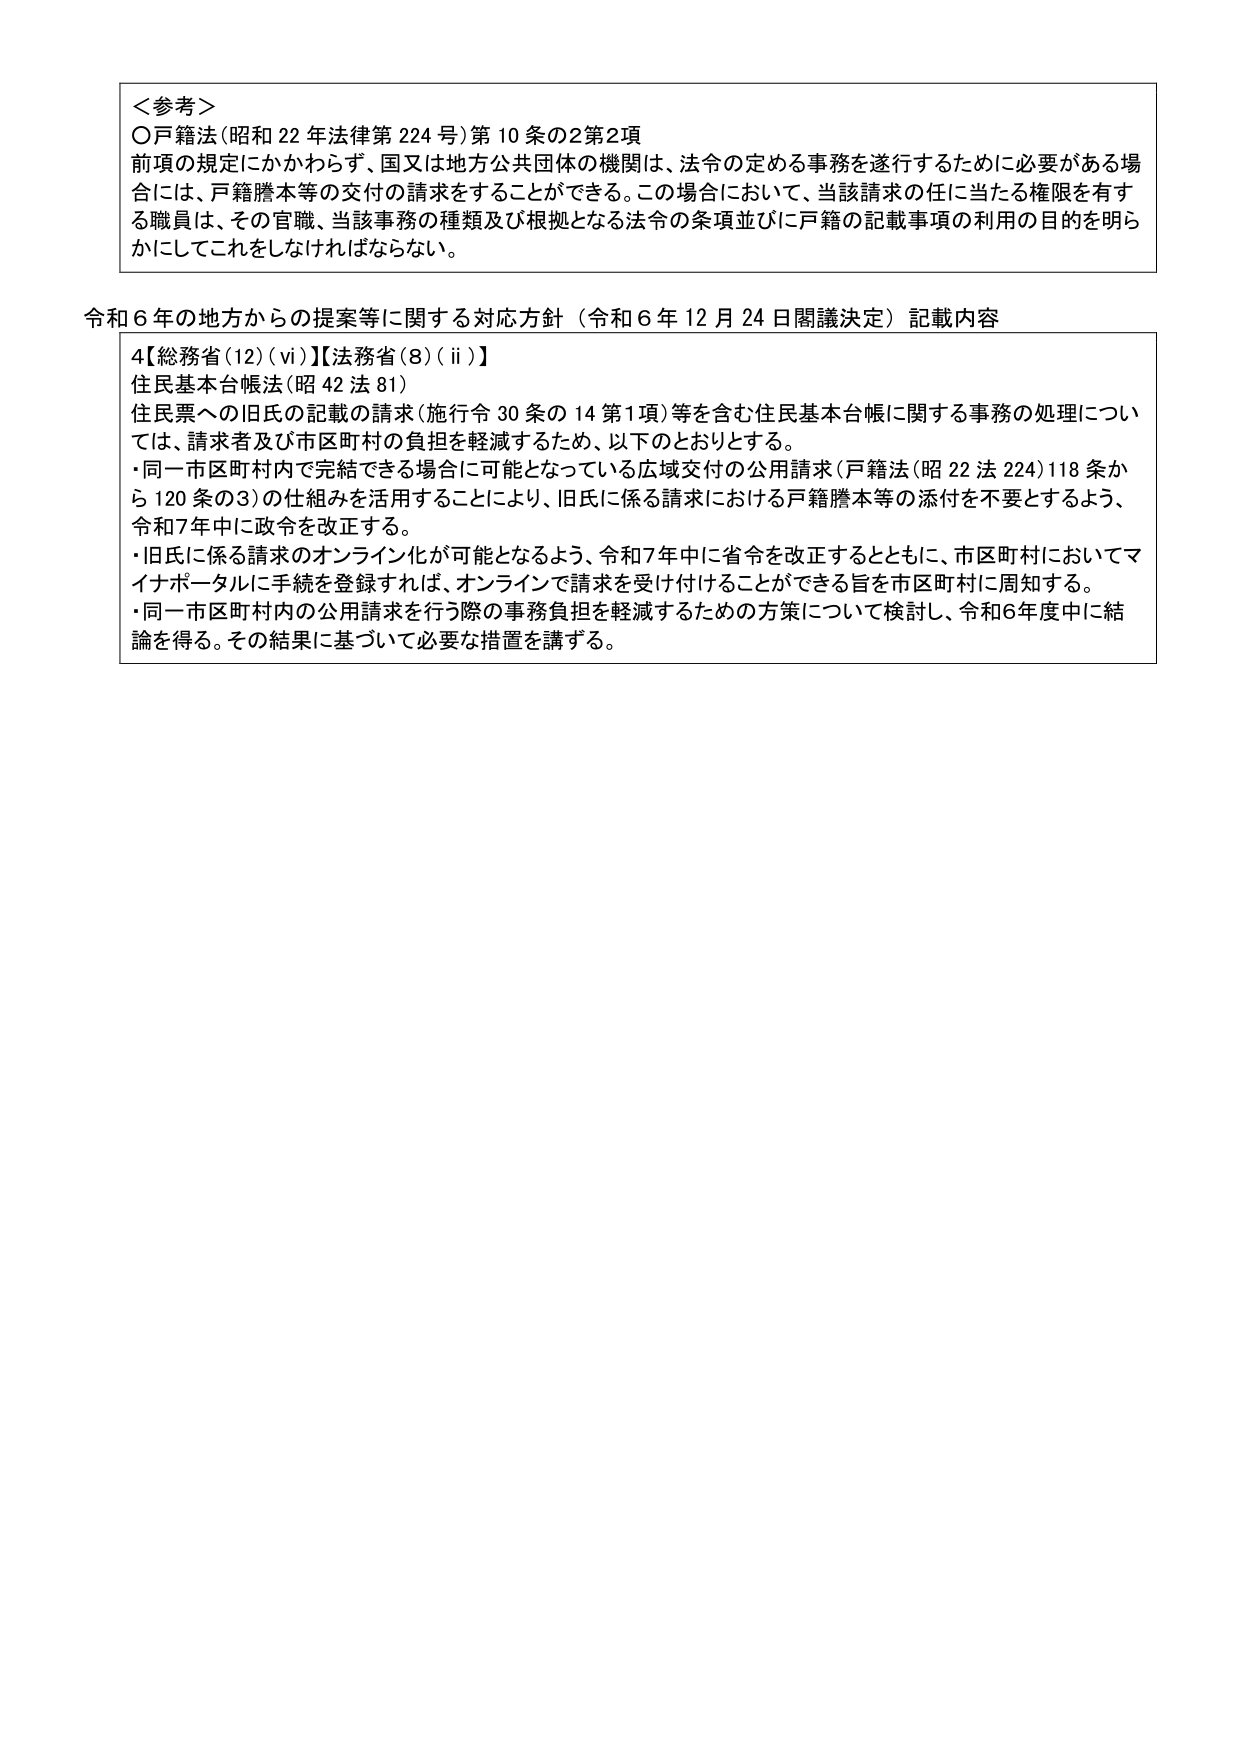
＜参考＞
〇戸籍法（昭和22年法律第224号）第10条の2第2項
前項の規定にかかわらず、国又は地方公共団体の機関は、法令の定める事務を遂行するために必要がある場合には、戸籍謄本等の交付の請求をすることができる。この場合において、当該請求の任に当たる権限を有する職員は、その官職、当該事務の種類及び根拠となる法令の条項並びに戸籍の記載事項の利用の目的を明らかにしてこれをしなければならない。

令和6年の地方からの提案等に関する対応方針（令和6年12月24日閣議決定）記載内容
4【総務省(12)(vi)】【法務省(8)(ii)】
住民基本台帳法（昭42法81）
住民票への旧氏の記載の請求（施行令30条の14第1項）等を含む住民基本台帳に関する事務の処理については、請求者及び市区町村の負担を軽減するため、以下のとおりとする。
・同一市区町村内で完結できる場合に可能となっている広域交付の公用請求（戸籍法（昭22法224）118条から120条の3）の仕組みを活用することにより、旧氏に係る請求における戸籍謄本等の添付を不要とするよう、令和7年中に政令を改正する。
・旧氏に係る請求のオンライン化が可能となるよう、令和7年中に省令を改正するとともに、市区町村においてマイナポータルに手続を登録すれば、オンラインで請求を受け付けることができる旨を市区町村に周知する。
・同一市区町村内の公用請求を行う際の事務負担を軽減するための方策について検討し、令和6年度中に結論を得る。その結果に基づいて必要な措置を講ずる。